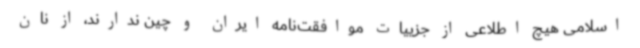
اسلامی هیچ اطلاعی از جزییات موافقت‌نامه ایران و چین ندارند، از نان